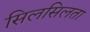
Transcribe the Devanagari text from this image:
सिलसिलता